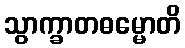
သွာက္ခာတဓမ္မောတိ